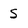
Character: S